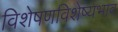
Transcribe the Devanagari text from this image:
विशेषणविशेष्यभाव